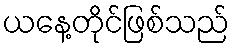
ယနေ့တိုင်ဖြစ်သည်